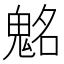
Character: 𩳊